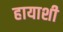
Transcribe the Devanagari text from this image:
हायाशी